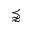
\precnapprox